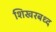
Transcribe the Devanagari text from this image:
शिखरबध्द